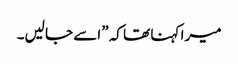
میرا کہنا تھا کہ ”اسے جا لیں۔